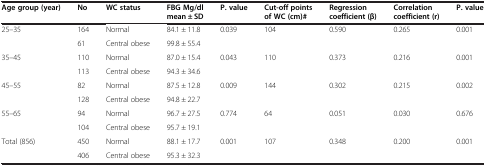
<table><thead><tr><td><b>Age group (year)</b></td><td><b>No</b></td><td><b>WC status</b></td><td><b>FBG Mg/dl mean ± SD</b></td><td><b>P. value</b></td><td><b>Cut-off points of WC (cm)#</b></td><td><b>Regression coefficient (β)</b></td><td><b>Correlation coefficient (r)</b></td><td><b>P. value</b></td></tr></thead><tbody><tr><td rowspan="2">25–35</td><td>164</td><td>Normal</td><td>84.1 ± 11.8</td><td rowspan="2">0.039</td><td rowspan="2">104</td><td rowspan="2">0.590</td><td rowspan="2">0.265</td><td rowspan="2">0.001</td></tr><tr><td>61</td><td>Central obese</td><td>99.8 ± 55.4</td></tr><tr><td rowspan="2">35–45</td><td>110</td><td>Normal</td><td>87.0 ± 15.4</td><td rowspan="2">0.043</td><td rowspan="2">110</td><td rowspan="2">0.373</td><td rowspan="2">0.216</td><td rowspan="2">0.001</td></tr><tr><td>113</td><td>Central obese</td><td>94.3 ± 34.6</td></tr><tr><td rowspan="2">45–55</td><td>82</td><td>Normal</td><td>87.5 ± 12.8</td><td rowspan="2">0.009</td><td rowspan="2">144</td><td rowspan="2">0.302</td><td rowspan="2">0.215</td><td rowspan="2">0.002</td></tr><tr><td>128</td><td>Central obese</td><td>94.8 ± 22.7</td></tr><tr><td rowspan="2">55–65</td><td>94</td><td>Normal</td><td>96.7 ± 27.5</td><td rowspan="2">0.774</td><td rowspan="2">64</td><td rowspan="2">0.051</td><td rowspan="2">0.030</td><td rowspan="2">0.676</td></tr><tr><td>104</td><td>Central obese</td><td>95.7 ± 19.1</td></tr><tr><td rowspan="2">Total (856)</td><td>450</td><td>Normal</td><td>88.1 ± 17.7</td><td rowspan="2">0.001</td><td rowspan="2">107</td><td rowspan="2">0.348</td><td rowspan="2">0.200</td><td rowspan="2">0.001</td></tr><tr><td>406</td><td>Central obese</td><td>95.3 ± 32.3</td></tr></tbody></table>